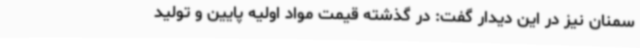
سمنان نیز در این دیدار گفت: در گذشته قیمت مواد اولیه پایین و تولید